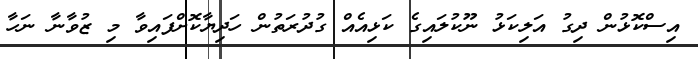
އިސްކޮޅުން ދިގު އަލިކަޅު ނޫކުލައިގެ ކަޅިއެއް ގުދުރަތުން ހަދިޔާކޮށްފައިވާ މި ޒުވާނާ ނަހާ